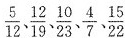
$$\frac{5}{12},、\frac{12}{19}、 \frac{10}{23}、 \frac{4}{7},、\frac{15}{22}$$